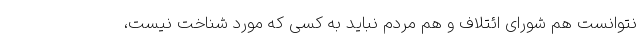
نتوانست هم شورای ائتلاف و هم مردم نباید به کسی که مورد شناخت نیست،